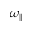
\omega _ { \parallel }